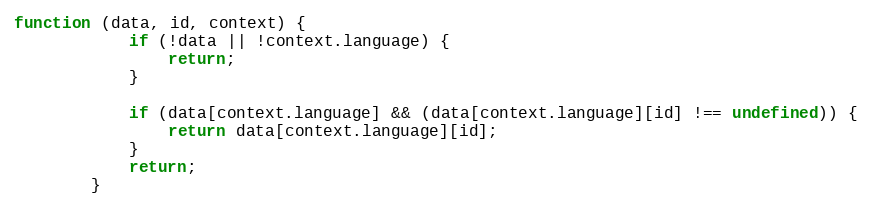
Language: JavaScript
function (data, id, context) {
            if (!data || !context.language) {
                return;
            }

            if (data[context.language] && (data[context.language][id] !== undefined)) {
                return data[context.language][id];
            }
            return;
        }